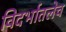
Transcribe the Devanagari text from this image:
विदर्भातलेच